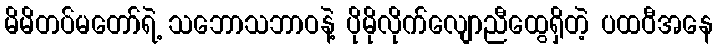
မိမိတပ်မတော်ရဲ့ သဘောသဘာဝနဲ့ ပိုမိုလိုက်လျောညီထွေရှိတဲ့ ပထဝီအနေ